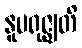
နူပရုဇ္ဈတိ